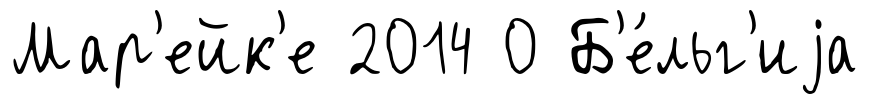
Мар'ейк'е 2014 0 Б'е́льг'иjа